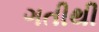
ગતીથી